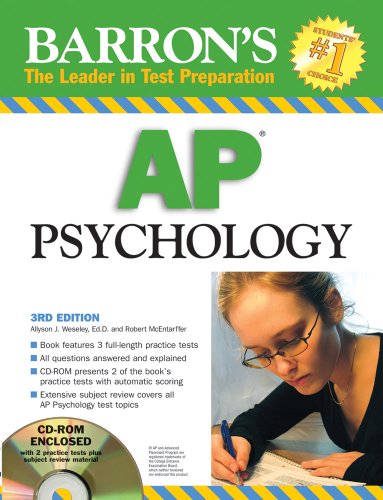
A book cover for Barron's AP Psychology (Book & CD-ROM); Robert McEntarffer; Teen & Young Adult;